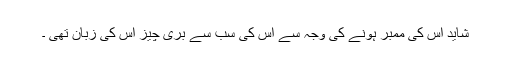
شاید اس کی ممبر ہونے کی وجہ سے اس کی سب سے بُری چیز اس کی زبان تھی ۔